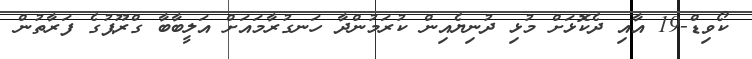
ކޯވިޑް-19 އާއި ދެކޮޅަށް މުޅި ދުނިޔެއިން ކުރަމުންދާ ހަނގުރާމައަށް އަލީބާބާ ގްރޫޕުގެ ފަރާތުން